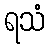
ရသံ